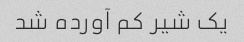
یک شیر کم آورده شد